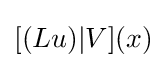
[(Lu)|V](x)